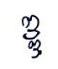
ឌ្ឌ